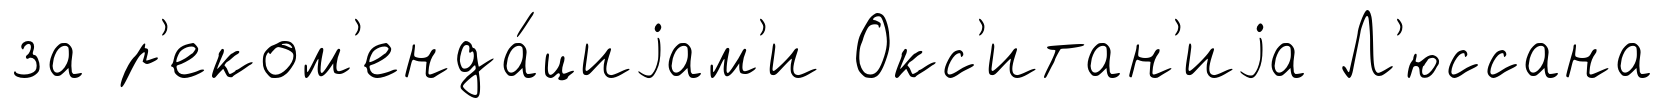
за р'еком'енда́циjам'и Окс'итан'иjа Л'юссана